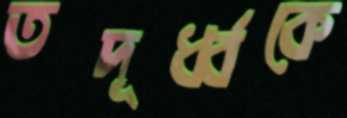
তদূর্ধ্বকে